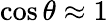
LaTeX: \cos\theta\approx 1